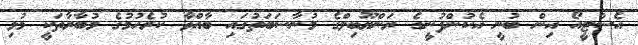
އެސްޓީއޯ އިން ބުނީ އެކުންފުނީގެ ރަންޔޫބިލްގެ މުނާސަބަތުގައި ބާއްވާ ކުރެހުމުގެ މުބާރާތަކީ މުޅި